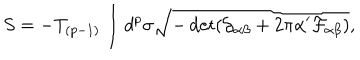
S = - T _ { ( p - 1 ) } \int d ^ { p } \sigma \sqrt { - \det ( \mathcal { G } _ { \alpha \beta } + 2 \pi \alpha ^ { \prime } \mathcal { F } _ { \alpha \beta } ) } ,